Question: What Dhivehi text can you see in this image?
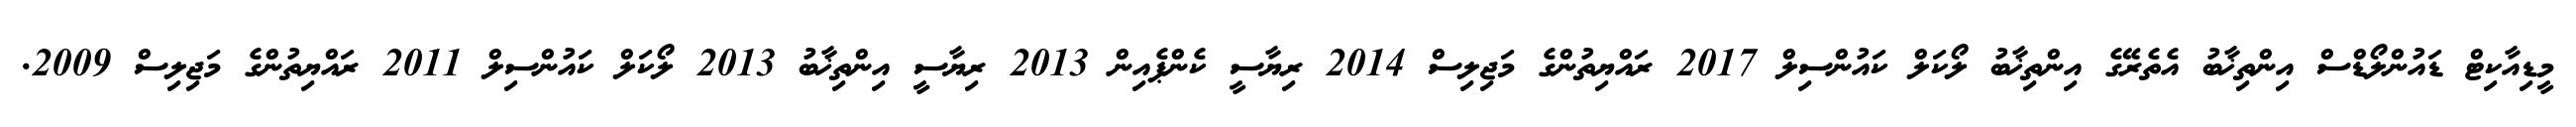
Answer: މީޑިއާކިޓް ޑައުންލޯޑްސް އިންތިޚާބު އެތެރޭގެ އިންތިޚާބު ލޯކަލް ކައުންސިލް 2017 ރައްޔިތުންގެ މަޖިލިސް 2014 ރިޔާސީ ކެންޕެއިން 2013 ރިޔާސީ އިންތިޚާބު 2013 ލޯކަލް ކައުންސިލް 2011 ރައްޔިތުންގެ މަޖިލިސް 2009.